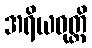
အရိယဝုတ္တိ